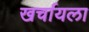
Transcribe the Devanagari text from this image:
खर्चायला